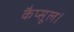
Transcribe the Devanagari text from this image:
कैप्सूल।